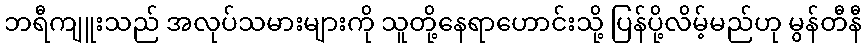
ဘရီကျူးသည် အလုပ်သမားများကို သူတို့နေရာဟောင်းသို့ ပြန်ပို့လိမ့်မည်ဟု မွန်တီနီ